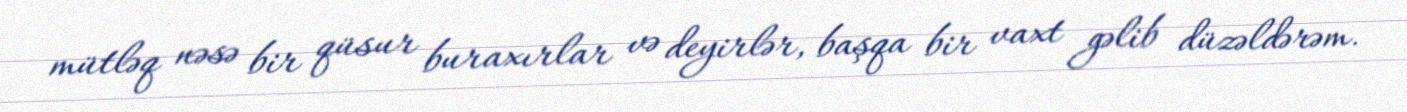
mütləq nəsə bir qüsur buraxırlar və deyirlər, başqa bir vaxt gəlib düzəldərəm.